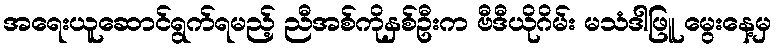
အရေးယူဆောင်ရွက်ရမည့် ညီအစ်ကိုနှစ်ဦးက ဗီဒီယိုဂိမ်း မသံဒါဖြူ မွေးနေ့မှ